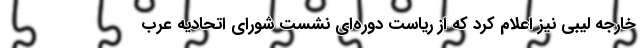
خارجه لیبی نیز اعلام کرد که از ریاست دوره‌ای نشست شورای اتحادیه عرب